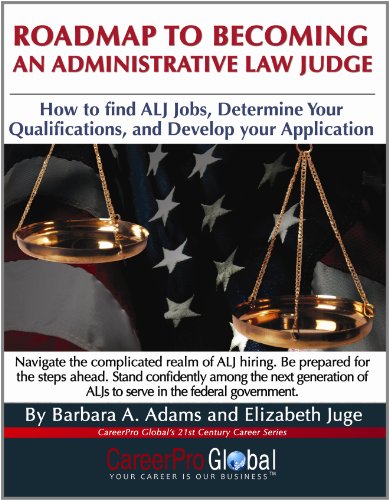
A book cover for Roadmap to Becoming an Administrative Law Judge: How to Find ALJ Jobs, Determine Your Qualifications, and Develop Your Application (CareerPro Global's 21st Century Career Series); Barbara A. Adams; Reference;